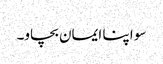
سو اپنا ایمان بچاو۔